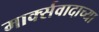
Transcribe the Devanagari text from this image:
मार्क्सवादाच्या